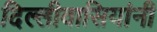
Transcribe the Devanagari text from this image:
दिल्लीवासियांनी